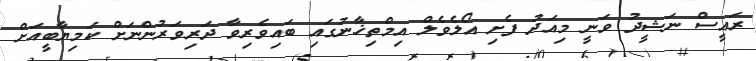
ރައީސް ނަޝީދު ވަނީ މިއަދު ފެށި އޯލެވެލް އިމްތިޚާނުގައި ބައިވެރިވާ ދަރިވަރުންނަށް ކަމިޔާބީއަށް